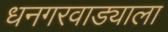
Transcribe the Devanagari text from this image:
धनगरवाड्याला